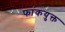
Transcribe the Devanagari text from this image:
फांकयुक्त